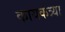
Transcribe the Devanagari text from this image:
कायकत्र्या